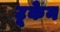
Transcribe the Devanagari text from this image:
टूकेन